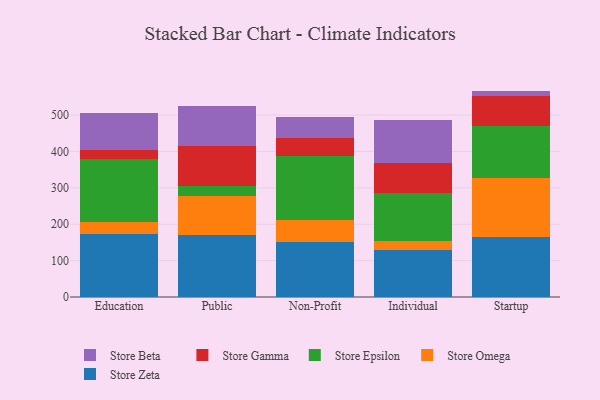
{"axis": {"x": "Segment", "y": "Energy Usage (MWh)"}, "legend": ["Store Beta", "Store Epsilon", "Store Gamma", "Store Omega", "Store Zeta"], "data": [{"x": "Education", "y": 173.6, "type": "Store Zeta"}, {"x": "Education", "y": 32.2, "type": "Store Omega"}, {"x": "Education", "y": 174.3, "type": "Store Epsilon"}, {"x": "Education", "y": 24.3, "type": "Store Gamma"}, {"x": "Education", "y": 102.1, "type": "Store Beta"}, {"x": "Public", "y": 170.9, "type": "Store Zeta"}, {"x": "Public", "y": 106.0, "type": "Store Omega"}, {"x": "Public", "y": 29.5, "type": "Store Epsilon"}, {"x": "Public", "y": 109.5, "type": "Store Gamma"}, {"x": "Public", "y": 109.1, "type": "Store Beta"}, {"x": "Non-Profit", "y": 151.9, "type": "Store Zeta"}, {"x": "Non-Profit", "y": 59.7, "type": "Store Omega"}, {"x": "Non-Profit", "y": 175.3, "type": "Store Epsilon"}, {"x": "Non-Profit", "y": 50.0, "type": "Store Gamma"}, {"x": "Non-Profit", "y": 56.8, "type": "Store Beta"}, {"x": "Individual", "y": 128.1, "type": "Store Zeta"}, {"x": "Individual", "y": 25.7, "type": "Store Omega"}, {"x": "Individual", "y": 131.6, "type": "Store Epsilon"}, {"x": "Individual", "y": 82.6, "type": "Store Gamma"}, {"x": "Individual", "y": 118.4, "type": "Store Beta"}, {"x": "Startup", "y": 164.9, "type": "Store Zeta"}, {"x": "Startup", "y": 162.3, "type": "Store Omega"}, {"x": "Startup", "y": 142.0, "type": "Store Epsilon"}, {"x": "Startup", "y": 82.7, "type": "Store Gamma"}, {"x": "Startup", "y": 14.6, "type": "Store Beta"}]}